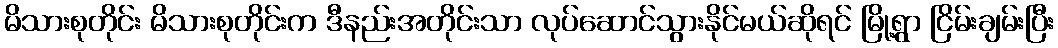
မိသားစုတိုင်း မိသားစုတိုင်းက ဒီနည်းအတိုင်းသာ လုပ်ဆောင်သွားနိုင်မယ်ဆိုရင် မြို့ရွာ ငြိမ်းချမ်းပြီး